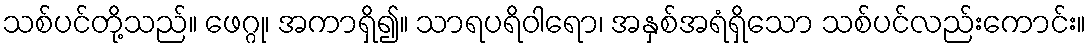
သစ်ပင်တို့သည်။ ဖေဂ္ဂု၊ အကာရှိ၍။ သာရပရိဝါရော၊ အနှစ်အရံရှိသော သစ်ပင်လည်းကောင်း။